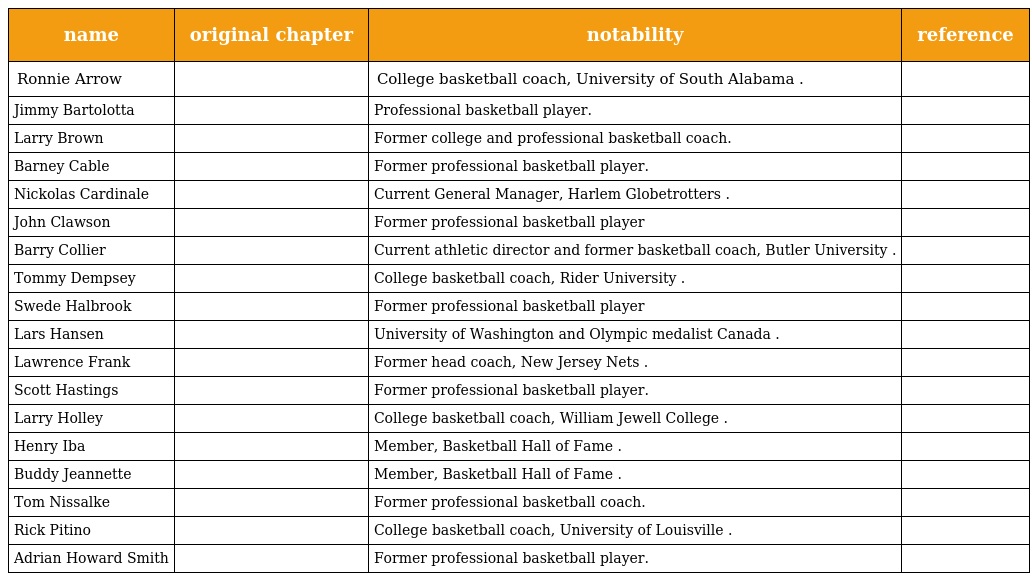
| name | original chapter | notability | reference |
 | --- | --- | --- | --- |
 | Ronnie Arrow |  | College basketball coach, University of South Alabama . |  |
 | Jimmy Bartolotta |  | Professional basketball player. |  |
 | Larry Brown |  | Former college and professional basketball coach. |  |
 | Barney Cable |  | Former professional basketball player. |  |
 | Nickolas Cardinale |  | Current General Manager, Harlem Globetrotters . |  |
 | John Clawson |  | Former professional basketball player |  |
 | Barry Collier |  | Current athletic director and former basketball coach, Butler University . |  |
 | Tommy Dempsey |  | College basketball coach, Rider University . |  |
 | Swede Halbrook |  | Former professional basketball player |  |
 | Lars Hansen |  | University of Washington and Olympic medalist Canada . |  |
 | Lawrence Frank |  | Former head coach, New Jersey Nets . |  |
 | Scott Hastings |  | Former professional basketball player. |  |
 | Larry Holley |  | College basketball coach, William Jewell College . |  |
 | Henry Iba |  | Member, Basketball Hall of Fame . |  |
 | Buddy Jeannette |  | Member, Basketball Hall of Fame . |  |
 | Tom Nissalke |  | Former professional basketball coach. |  |
 | Rick Pitino |  | College basketball coach, University of Louisville . |  |
 | Adrian Howard Smith |  | Former professional basketball player. |  |